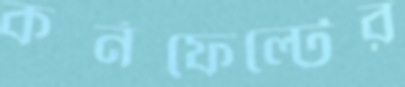
কর্নফেল্টের